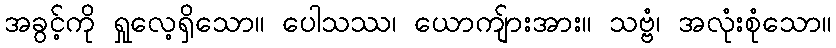
အခွင့်ကို ရှုလေ့ရှိသော။ ပေါသဿ၊ ယောကျ်ားအား။ သဗ္ဗံ၊ အလုံးစုံသော။